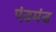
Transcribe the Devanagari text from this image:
एंडमंड